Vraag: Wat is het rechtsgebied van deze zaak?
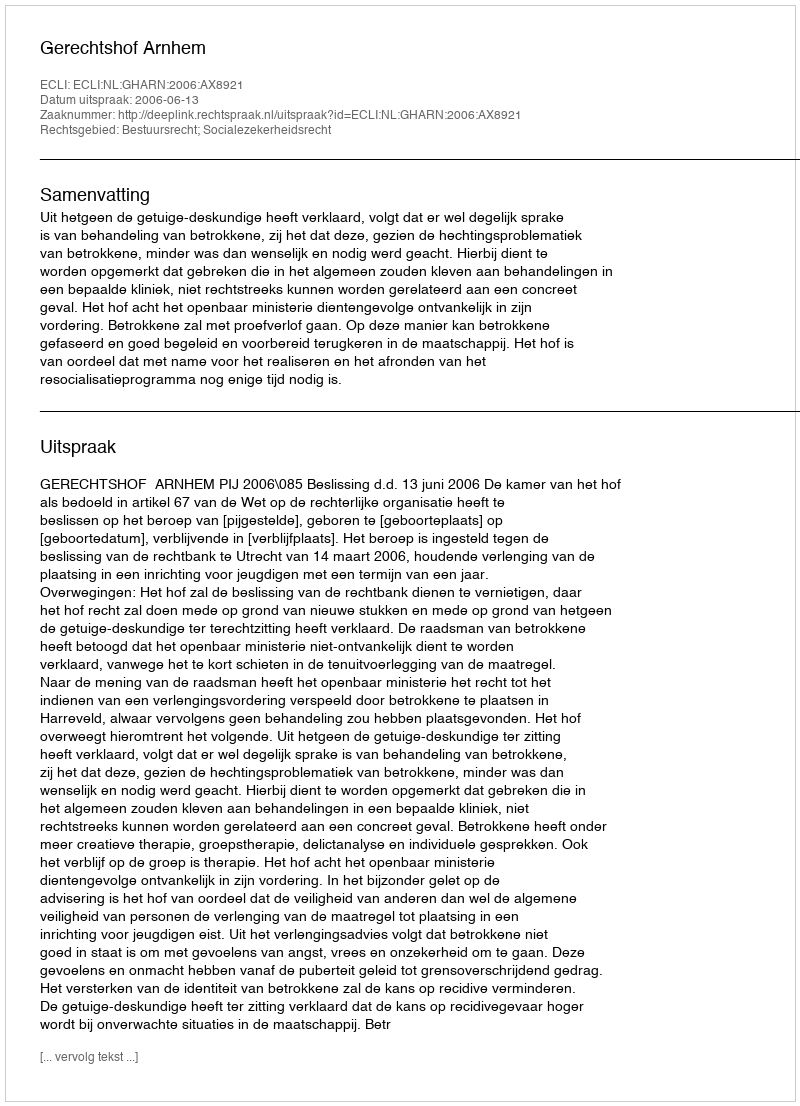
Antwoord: Bestuursrecht; Socialezekerheidsrecht